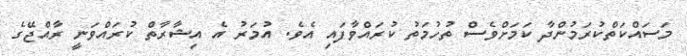
މަސައްކަތްކުރަމުންދާ ކަމަށްވެސް ތުހުމަތު ކުރައްވާފައި އެވެ. އުމަރު އެ އިޝާރާތް ކުރައްވަނީ ރާއްޖޭގެ